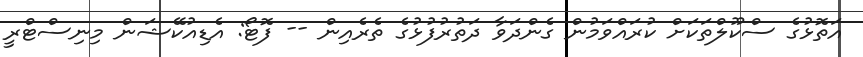
އަތޮޅުގެ ސްކޫލްތަކަށް ކުރައްވަމުން ގެންދަވާ ދަތުރުފުޅުގެ ތެރެއިން -- ފޮޓޯ: އެޑިއުކޭޝަން މިނިސްޓްރީ